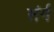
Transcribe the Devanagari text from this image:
संर्ग